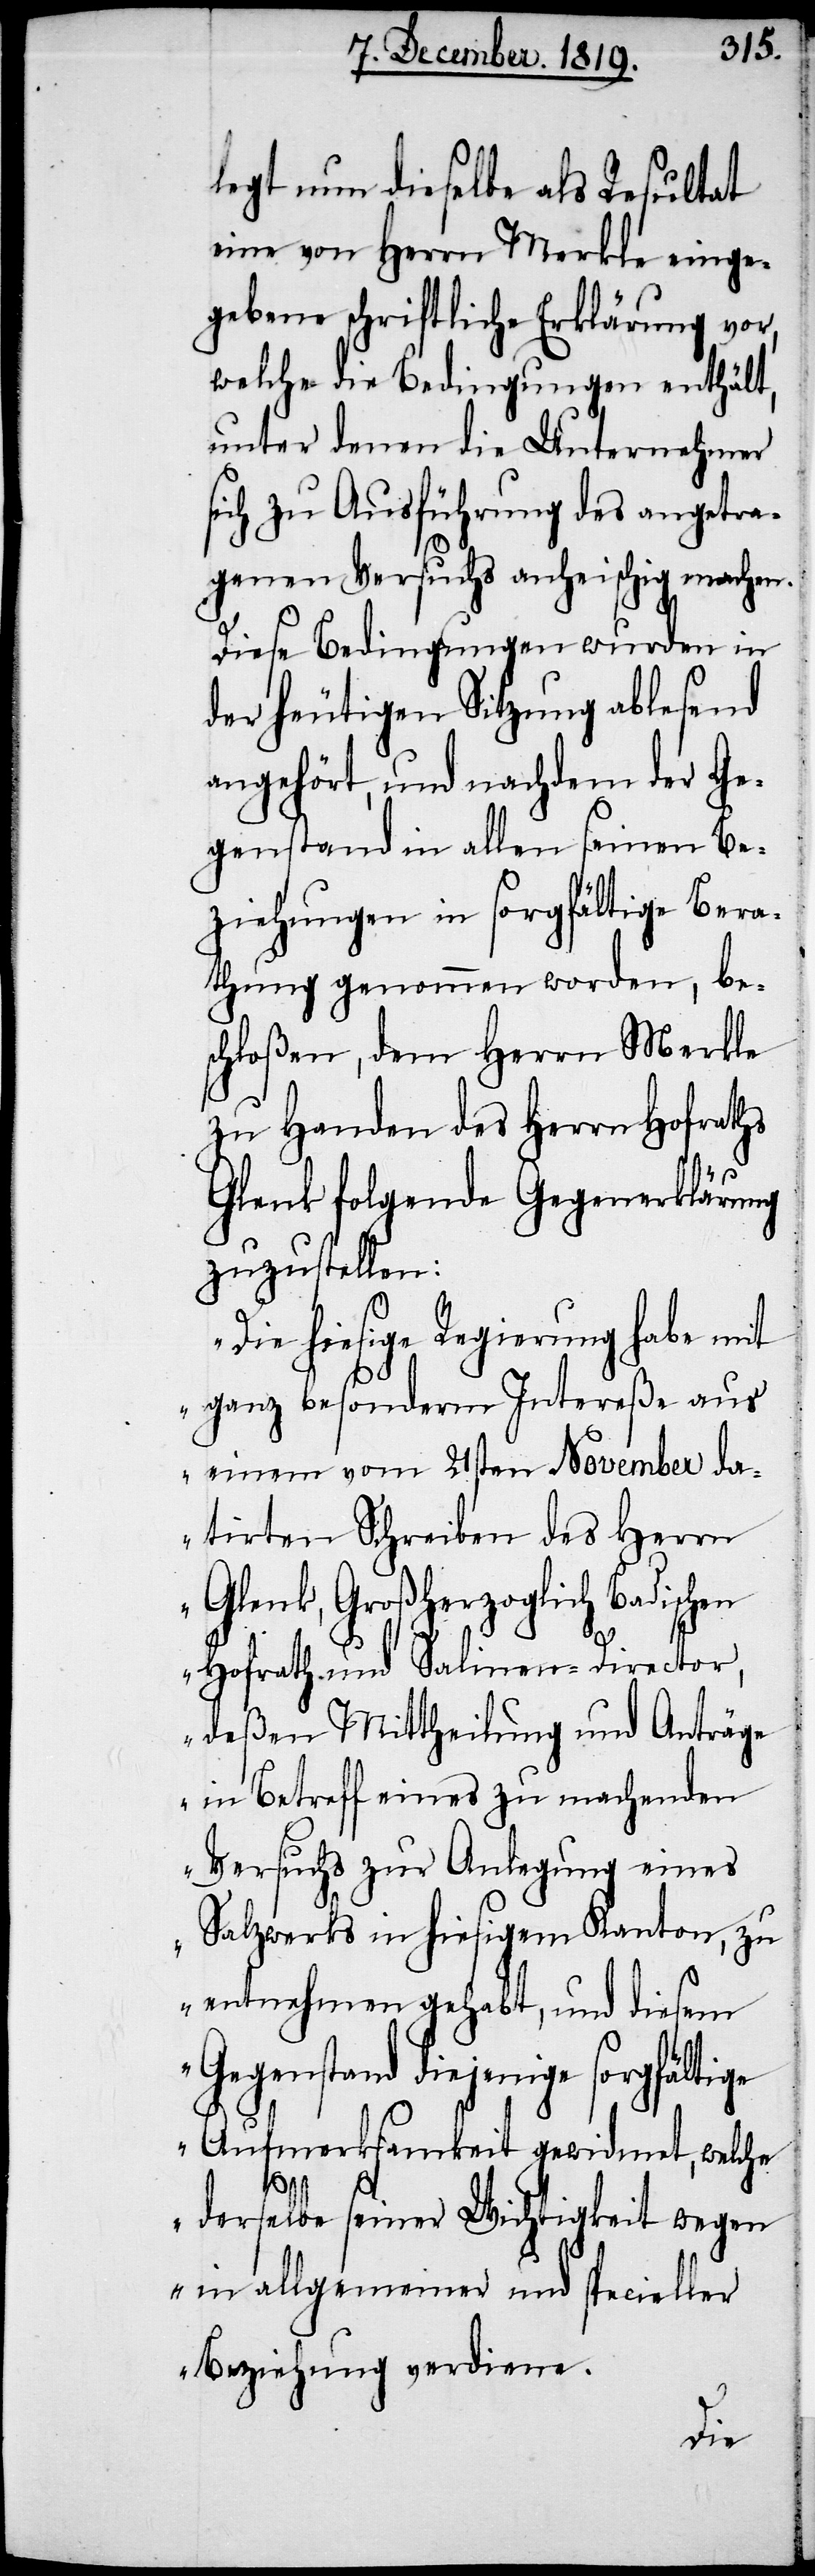
legt nun dieselbe als Resultat
eine von Herrn Merkle einge¬
gebene schriftliche Erklärung vor,
welche die Bedingungen enthält,
unter denen die Unternehmer
sich zu Ausführung des angetra¬
genen Versuchs anheischig machen.
Diese Bedingungen wurden in
der heutigen Sitzung ablesend
angehört, und nachdem der Ge¬
genstand in allen seinen Be¬
ziehungen in sorgfältige Bera¬
thung genommen worden, be¬
schloßen, dem Herrn Merkle
zu Handen des Herrn Hofraths
Glenk folgende Gegenerklärung
zuzustellen:
„Die hiesige Regierung habe mit
ganz besonderm Intereße aus
einem vom 21sten November da¬
tirten Schreiben des Herrn
Glenk, Großherzoglich Badischen
Hofrath und Salinen-Director,
deßen Mittheilung und Anträge
in Betreff eines zu machenden
Versuchs zur Anlegung eines
Salzwerks in hiesigem Kanton, zu
entnehmen gehabt, und diesem
Gegenstand diejenige
Aufmerksamkeit gewidmet, welche
derselbe seiner Wichtigkeit wegen
in allgemeiner und specieller
Beziehung verdiene.